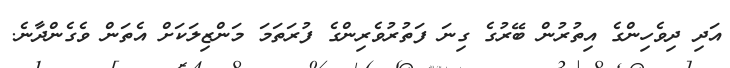
އަދި ދިވެހިންގެ އިތުރުން ބޭރުގެ ގިނަ ފަތުރުވެރިންގެ ފުރަތަމަ މަންޒިލަކަށް އެތަން ވެގެންދާނެ.